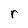
Character: r